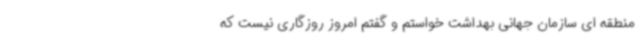
منطقه ای سازمان جهانی بهداشت خواستم و گفتم امروز روزگاری نیست که